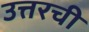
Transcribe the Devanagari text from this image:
उत्तरची